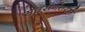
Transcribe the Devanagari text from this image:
सत्तरीनंतरही